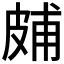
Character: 𤿭